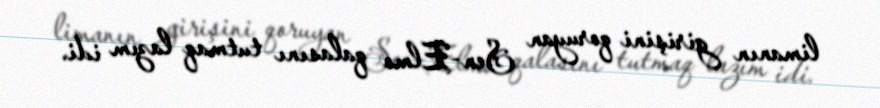
limanın girişini qoruyan Sen-Elmo qalasını tutmaq lazım idi.